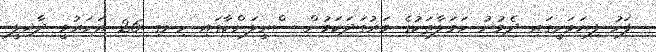
ފަހު ފިޔަވަހީގައި ދެވުނު ހަމަލާތަކުގެ ވަރުގަދަކަމުން ސްރީލަންކާގައި ހިނގި 26 އަހަރުވީ ދާޚިލީ